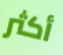
أكثر